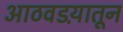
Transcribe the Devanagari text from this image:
आठवडय़ातून